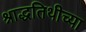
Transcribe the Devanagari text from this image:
श्राद्धतिथीच्या